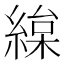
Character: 𦂅